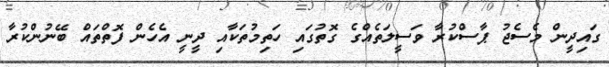
ގައިދީން މެސެޖު ޕާސްކުރާ ވަސީލަތެއްގެ ގޮތުގައި ހަތިމުތަކާއި ދީނީ އެހެން ފޮތްތައް ބޭނުންކުރާ